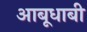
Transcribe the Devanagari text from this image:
आबूधाबी